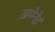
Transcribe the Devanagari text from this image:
ख़मेनेई